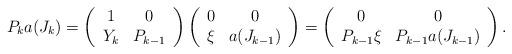
LaTeX: \begin{align*}P_ka(J_k)=\left(\begin{array}{cc} 1 & 0\cr Y_{k} & P_{k-1}\end{array}\right)\left(\begin{array}{cc} 0 & 0\cr \xi & a(J_{k-1})\end{array}\right)=\left(\begin{array}{cc} 0 & 0\cr P_{k-1}\xi & P_{k-1}a(J_{k-1})\end{array}\right).\end{align*}